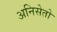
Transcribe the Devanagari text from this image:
अनिसेतो